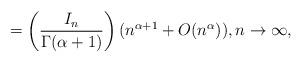
LaTeX: \begin{align*}=\left( \frac{I_{n}}{\Gamma (\alpha +1)}\right) (n^{\alpha +1}+O(n^{\alpha})),n\rightarrow \infty , \end{align*}